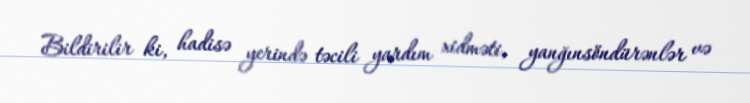
Bildirilir ki, hadisə yerində təcili yardım xidməti, yanğınsöndürənlər və